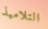
التلاميذ